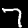
Digit: 7